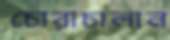
চোরাচালান